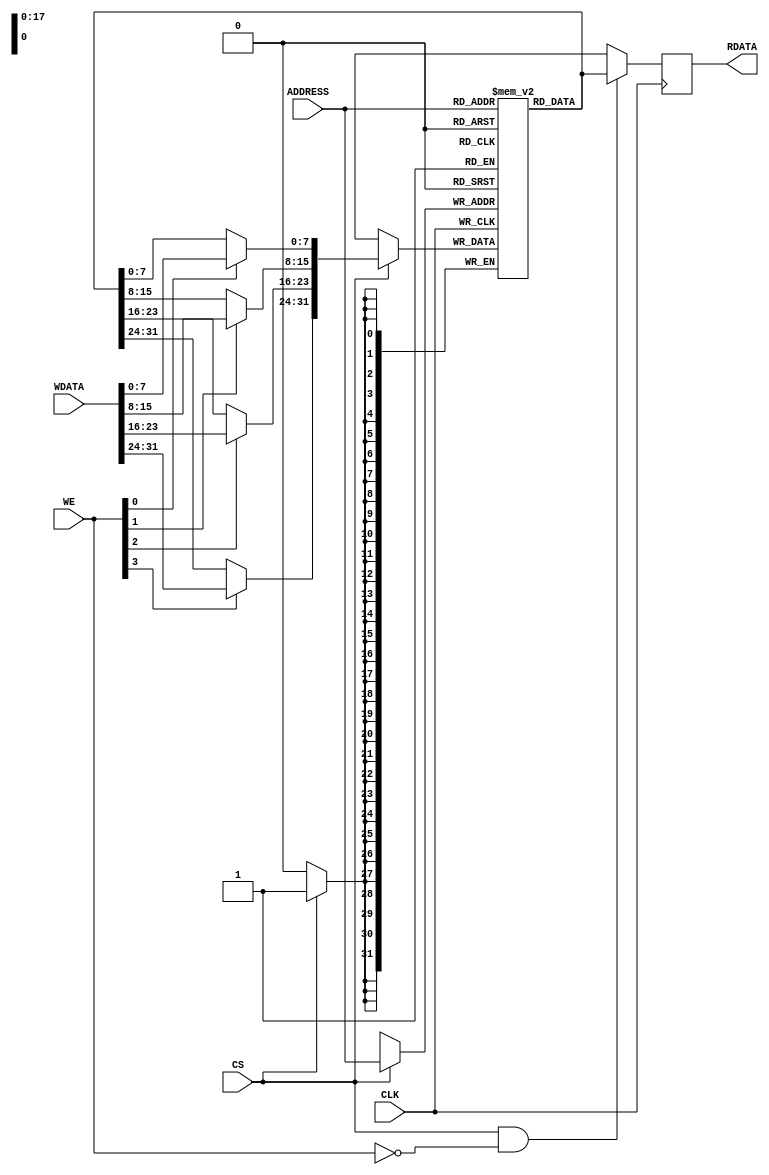
//-----------------------------------------------------------------------------
// The confidential and proprietary information contained in this file may
// only be used by a person authorised under and to the extent permitted
// by a subsisting licensing agreement from ARM Limited.
//
//            (C) COPYRIGHT 2008-2009 ARM Limited.
//                ALL RIGHTS RESERVED
//
// This entire notice must be reproduced on all copies of this file
// and copies of this file may only be made by a person if such person is
// permitted to do so under the terms of a subsisting license agreement
// from ARM Limited.
//
//      SVN Information
//
//      Checked In          : $Date: 2008-12-08 12:21:19 +0000 (Mon, 08 Dec 2008) $
//
//      Revision            : $Revision: 96209 $
//
//      Release Information : Cortex-M0-AT510-r0p0-01rel0
//-----------------------------------------------------------------------------

//-----------------------------------------------------------------------------
//      Cortex-M0 Integration Kit SRAM Model
//-----------------------------------------------------------------------------
//
// This block implements synchronous SRAM
//-----------------------------------------------------------------------------

module cm0ik_sram
  #(parameter                   MEMNAME = "",               //Memory Name   
    parameter                   DATAWIDTH = 32,             //Data Width
    parameter                   ADDRWIDTH = 18,             //Address Width
    parameter                   MEMBASE = 32'h00000000,
    parameter                   MEMTOP = 32'hffffffff)
   (input  wire                 CLK,
    input  wire [ADDRWIDTH-1:0] ADDRESS,                    //Address Input
    input  wire                 CS,                         //Chip Select
    input  wire [3:0]           WE,                         //Write Enable/Read Enable
    input  wire [DATAWIDTH-1:0] WDATA,                      //Write Data
    output wire [DATAWIDTH-1:0] RDATA);                     //Read Data
    
   localparam MEMDEPTH = 1 << ADDRWIDTH;

   //Wire/Reg declarations
   reg [DATAWIDTH-1:0]  ram [0:MEMDEPTH-1];
   reg [DATAWIDTH-1:0]  rd_data;
   
   always @(posedge CLK)
     rd_data <= (CS & (WE==4'h0)) ? ram[ADDRESS] : 32'bX;

   assign RDATA = rd_data;
   
   wire [31:0] wr_data = ram[ADDRESS];
   
   wire [7:0]  wbyte0 = WE[0] ? WDATA[ 7: 0] : wr_data[ 7: 0];
   wire [7:0]  wbyte1 = WE[1] ? WDATA[15: 8] : wr_data[15: 8];
   wire [7:0]  wbyte2 = WE[2] ? WDATA[23:16] : wr_data[23:16];
   wire [7:0]  wbyte3 = WE[3] ? WDATA[31:24] : wr_data[31:24];

   always @(posedge CLK)
     if (CS)
        ram[ADDRESS] <= {wbyte3, wbyte2, wbyte1, wbyte0};

   initial
     begin
       $write("RAM: ---------------------------------------------------------\n");     
       $write("RAM: flat memory model\n");
       $write("RAM: (C) COPYRIGHT 2008-2009 ARM Limited - All Rights Reserved\n");
       $write("RAM: %s [ %x : %x ]\n", MEMNAME, MEMBASE, MEMTOP);
       $write("RAM: memory width = %d bits\n", DATAWIDTH);
       $write("RAM: memory size  = %d kb\n", ((1<<ADDRWIDTH)>>(10-((DATAWIDTH/32)+1))));
       $write("RAM: ---------------------------------------------------------\n");
     end

endmodule